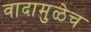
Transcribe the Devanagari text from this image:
वादामुळेच